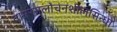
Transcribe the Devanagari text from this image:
तामरसलोचनशीलसिन्धो